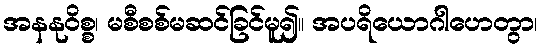
အနနုဝိစ္စ၊ မစီစစ်မဆင်ခြင်မူ၍။ အပရိယောဂါဟေတွာ၊